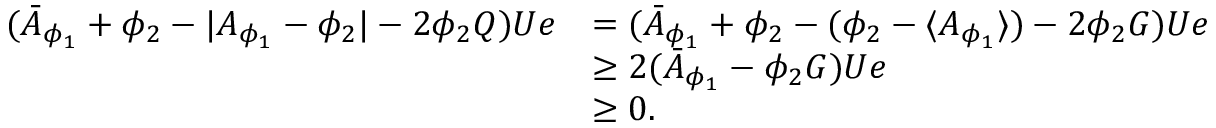
\begin{array} { r l } { ( \bar { A } _ { \phi _ { 1 } } + \phi _ { 2 } - \lvert A _ { \phi _ { 1 } } - \phi _ { 2 } \rvert - 2 \phi _ { 2 } Q ) U e } & { = ( \bar { A } _ { \phi _ { 1 } } + \phi _ { 2 } - ( \phi _ { 2 } - \langle A _ { \phi _ { 1 } } \rangle ) - 2 \phi _ { 2 } G ) U e } \\ & { \geq 2 ( \bar { A } _ { \phi _ { 1 } } - \phi _ { 2 } G ) U e } \\ & { \geq 0 . } \end{array}